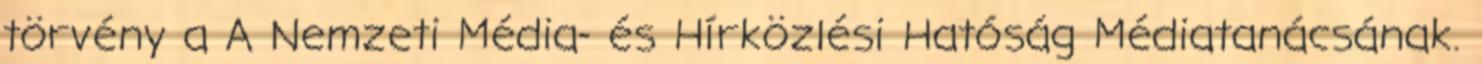
törvény a A Nemzeti Média- és Hírközlési Hatóság Médiatanácsának.